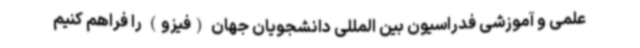
علمی و آموزشی فدراسیون بین المللی دانشجویان جهان (فیزو) را فراهم کنیم